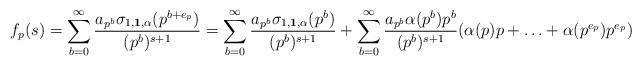
LaTeX: \begin{align*}f_p(s)=\sum_{b=0}^{\infty}\frac{a_{p^b} \sigma_{1,\textbf{1},\alpha}(p^{b+e_p}) }{(p^{b})^{s + 1}}=\sum_{b=0}^{\infty}\frac{a_{p^b} \sigma_{1,\textbf{1},\alpha}(p^{b})}{(p^{b})^{s + 1}}+\sum_{b=0}^{\infty}\frac{a_{p^b} \alpha(p^b)p^b}{(p^{b})^{s+1}}(\alpha(p)p+\ldots+\alpha(p^{e_p})p^{e_p})\end{align*}